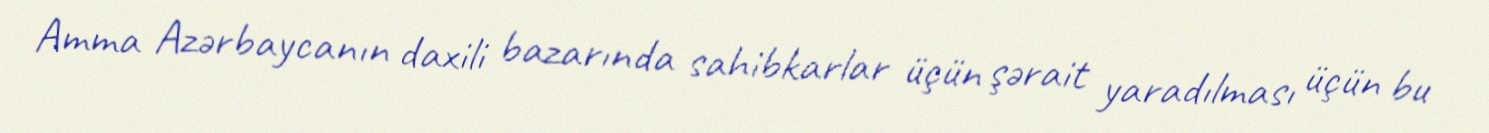
Amma Azərbaycanın daxili bazarında sahibkarlar üçün şərait yaradılması üçün bu